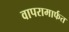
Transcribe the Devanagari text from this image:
वापरामार्फत